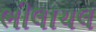
ભીલાચલ